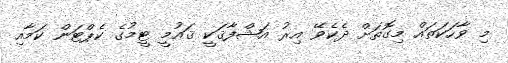
މި ވާހަކަތައް މިގޮތަށް ދެކެވޭ އިރު އަޝްފާޤަކީ ޤައުމީ ޓީމުގެ ކެޕްޓަން ކަމާއި